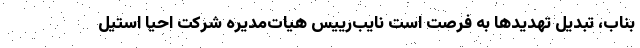
بناب، تبدیل تهدیدها به فرصت است نایب‌رییس هیات‌‌مدیره شرکت احیا استیل